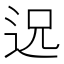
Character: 𮞈